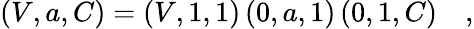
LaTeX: \left(V,a,C\right)=\left(V,1,1\right)\left(0,a,1\right)\left(0,1,C\right)\quad,